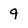
Character: 9